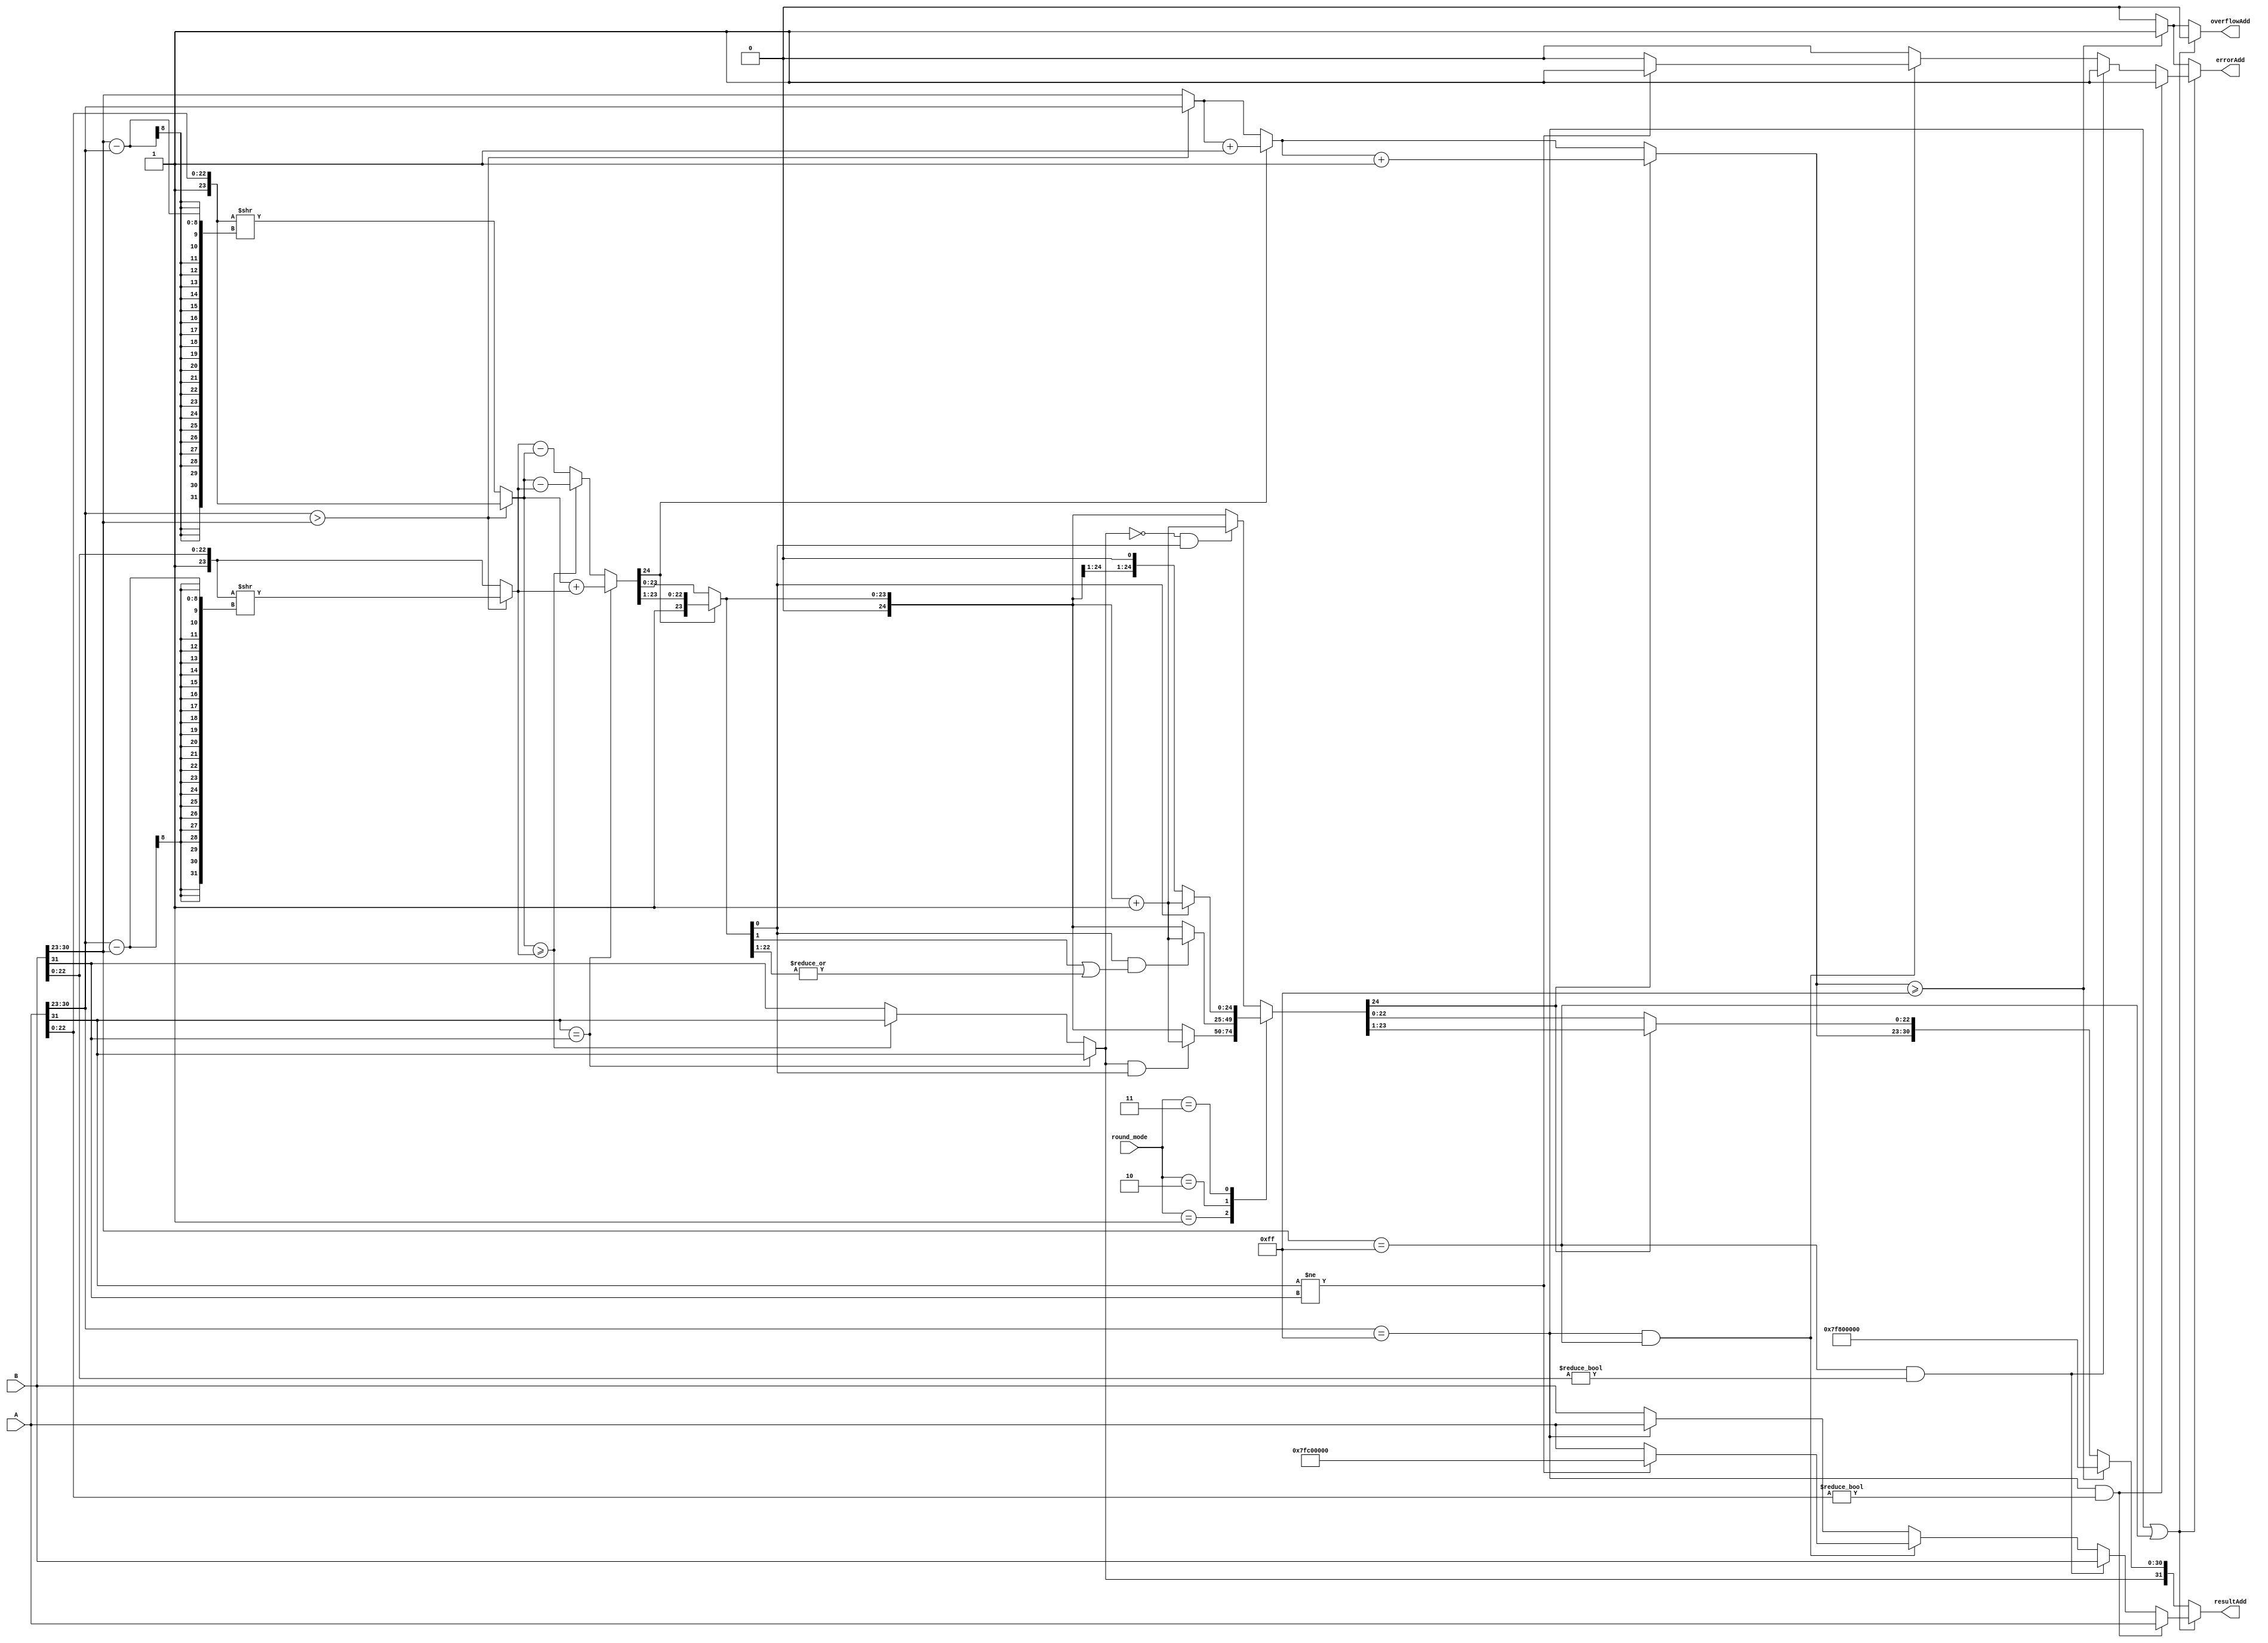
module Adder(
    input [31:0] A,
    input [31:0] B,
    input [1:0] round_mode,
    output reg errorAdd,
    output reg overflowAdd,
    output reg [31:0] resultAdd
);

    reg S1, S2, S_result;
    reg [7:0] E1, E2, E_result;
    reg [22:0] F1, F2;
    reg [23:0] M1, M2;
    reg [24:0] M_sum; // 25 mantissa result (includes overflow handling)
    reg carry; // carry from the addition
    integer shift;

    always @ (*) begin
        // Decode input signals
        S1 = A[31];
        S2 = B[31];
        E1 = A[30:23];
        E2 = B[30:23];
        F1 = A[22:0];
        F2 = B[22:0];

        // 
        if ((E1 == 8'b1111_1111) || (E2 == 8'b1111_1111)) begin //  NaN    
            if (E1 == 8'b1111_1111 && F1 != 0) begin    // A NaN , A NaN  
                resultAdd = A;
                errorAdd = 1;
                overflowAdd = 0;
            end else if (E2 == 8'b1111_1111 && F2 != 0) begin   // B NaN , B NaN  
                resultAdd = B;
                errorAdd = 1;
                overflowAdd = 0;
            end else if (E1 == 8'b1111_1111 && E2 == 8'b1111_1111) begin // A B   
                if (S1 != S2) begin //    ,  NaN
                    resultAdd = {1'b0, 8'b1111_1111, 23'h400000}; //  NaN 
                    errorAdd = 1;
                    overflowAdd = 0;
                end else begin  //   ,    
                    resultAdd = A; //    
                    errorAdd = 0;
                    overflowAdd = 0;
                end
            end else if (E1 == 8'b1111_1111) begin  // A  , A   
                resultAdd = A;
                errorAdd = 0;
                overflowAdd = 0;
            end else begin  // B  , B   
                resultAdd = B;
                errorAdd = 0;
                overflowAdd = 0;
            end
        end else begin
            //   :   1   
            M1 = {1'b1, F1};
            M2 = {1'b1, F2};


            //    
            if (E1 > E2) begin
                shift = E1 - E2;
                M2 = M2 >> shift;
                E_result = E1;
            end else begin
                shift = E2 - E1;
                M1 = M1 >> shift;
                E_result = E2;
            end

            //   
            if (S1 == S2) begin
                {carry, M_sum} = M1 + M2;
                S_result = S1;
            end else begin
                if (M1 >= M2) begin
                    M_sum = M1 - M2;
                    S_result = S1;
                end else begin
                    M_sum = M2 - M1;
                    S_result = S2;
                end
            end

            //    
            if (M_sum[24]) begin
                M_sum = M_sum >> 1;
                E_result = E_result + 1;
            end

            //     
            case (round_mode)
                2'b00: if (S_result == 0 && M_sum[0]) M_sum = M_sum + 1;
                2'b01: if (S_result == 1 && M_sum[0]) M_sum = M_sum + 1;
                2'b10: if (M_sum[0] && (M_sum[1] || |M_sum[22:1])) M_sum = M_sum + 1;
                2'b11: if (M_sum[0]) M_sum = M_sum + 1;
            endcase

            // 
            if (M_sum[24]) begin
                M_sum = M_sum >> 1;
                E_result = E_result + 1;
            end

            //     
            if (E_result >= 255) begin
                resultAdd = {S_result, 8'hFF, 23'h0}; // Set to max value on overflow
                overflowAdd = 1;
                errorAdd = 1;
            end else begin
                resultAdd = {S_result, E_result[7:0], M_sum[22:0]};
                overflowAdd = 0;
                errorAdd = 0;
            end
        end
    end
endmodule